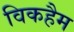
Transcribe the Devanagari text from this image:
विकहैम